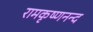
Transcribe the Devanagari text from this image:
रामकृष्णनन्द